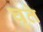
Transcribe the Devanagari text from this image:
घृते